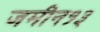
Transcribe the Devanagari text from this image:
जमीन१३